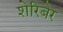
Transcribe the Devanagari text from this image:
शेरिबेर